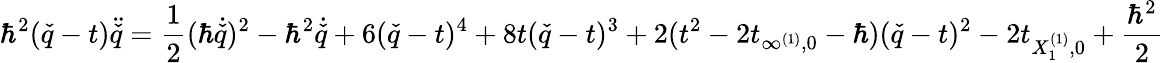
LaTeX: \hbar^{2}(\check{q}-t)\ddot{\check{q}}=\frac{1}{2}(\hbar\dot{\check{q}})^{2}-\hbar^{2}\dot{\check{q}}+6(\check{q}-t)^{4}+8t(\check{q}-t)^{3}+2(t^{2}-2t_{\infty^{(1)},0}-\hbar)(\check{q}-t)^{2}-2t_{X_{1}^{(1)},0}+\frac{\hbar^{2}}{2}